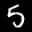
Digit: 5